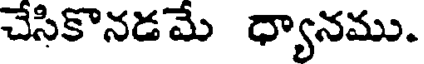
చేసికొనడమే ధ్యానము.